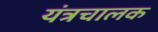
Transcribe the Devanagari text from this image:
यंत्रचालक